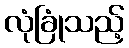
လုံခြုံသည့်